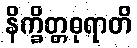
နိက္ခိတ္တဓုရာတိ